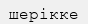
шерікке